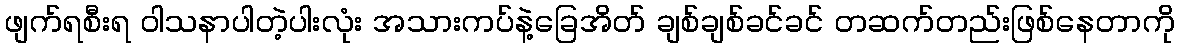
ဖျက်ရစီးရ ဝါသနာပါတဲ့ပါးလုံး အသားကပ်နဲ့ခြေအိတ် ချစ်ချစ်ခင်ခင် တဆက်တည်းဖြစ်နေတာကို